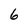
Character: 6